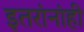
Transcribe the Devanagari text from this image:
इतरांनांही